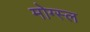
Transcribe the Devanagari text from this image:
मोग्स्ल